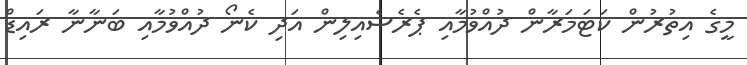
މީގެ އިތުރުން ކަޓަމަރާން ދުއްވުމާއި ޕެރެސެއިލިން އަދި ކެނޯ ދުއްވުމާއި ބަނާނާ ރައިޑް